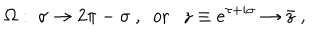
\Omega : \ \sigma \to 2 \pi - \sigma \ , \ \ \mathrm { o r } \ \ \ z \equiv e ^ { \tau + i \sigma } \to \bar { z } \ ,